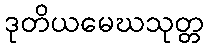
ဒုတိယမေဃသုတ္တ